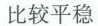
比较平稳